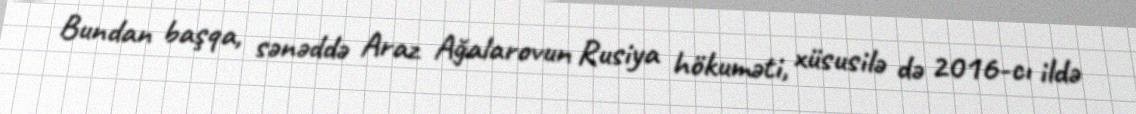
Bundan başqa, sənəddə Araz Ağalarovun Rusiya hökuməti, xüsusilə də 2016-cı ildə